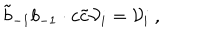
\tilde { b } _ { - 1 } b _ { - 1 } \cdot c \tilde { c } { \cal V } _ { i } = { \cal V } _ { i } \ ,